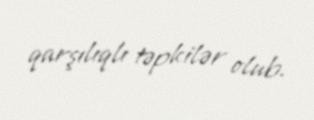
qarşılıqlı təpkilər olub.